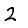
Digit: 2